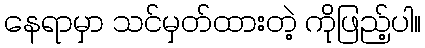
နေရာမှာ သင်မှတ်ထားတဲ့ ကိုဖြည့်ပါ။